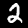
Label: 2